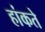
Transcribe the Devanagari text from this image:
हांकते